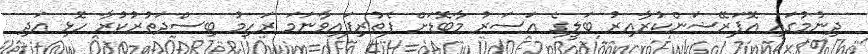
ދިނުމުގައި އޮޕަރޭޝަންކުރާއިރު ބަލީގެ އަސަރު މާބޮޑަށް ފެތުރިފައިވާނަމަ ރަހިމު ބިސްދަތުރުކުރާ ހޮޅި އަދި